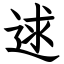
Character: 逑